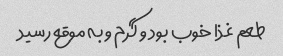
طعم غذا خوب بود و گرم و به موقع رسید